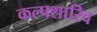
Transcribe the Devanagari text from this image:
कल्पशारिव